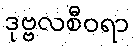
ဒုဗ္ဗလစီဝရာ